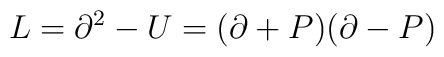
L=\partial ^2-U=(\partial +P)(\partial -P)